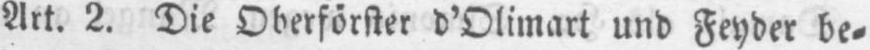
Art. 2. Die Oberförster d’Olimart und Feyder be⸗